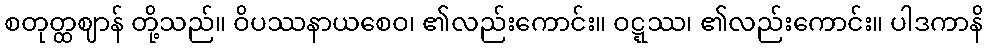
စတုတ္ထဈာန် တို့သည်။ ဝိပဿနာယစေဝ၊ ၏လည်းကောင်း။ ဝဋ္ဋဿ၊ ၏လည်းကောင်း။ ပါဒကာနိ